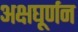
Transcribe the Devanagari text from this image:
अक्षघूर्णन